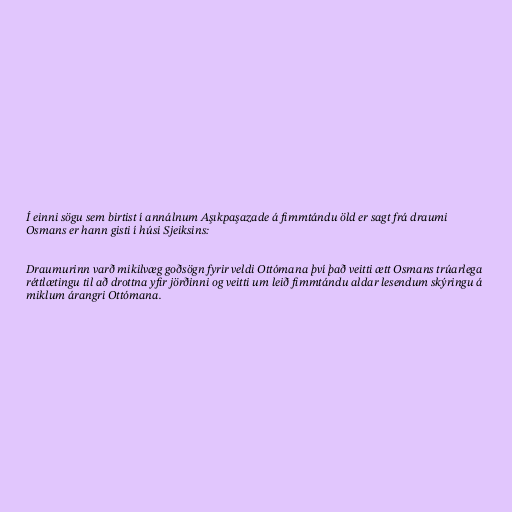
Í einni sögu sem birtist í annálnum Aşıkpaşazade á fimmtándu öld er sagt frá draumi
Osmans er hann gisti í húsi Sjeiksins:

Draumurinn varð mikilvæg goðsögn fyrir veldi Ottómana því það veitti ætt Osmans trúarlega
réttlætingu til að drottna yfir jörðinni og veitti um leið fimmtándu aldar lesendum skýringu á
miklum árangri Ottómana.